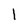
Character: 1